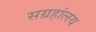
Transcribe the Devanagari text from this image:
सग्रहांलय